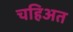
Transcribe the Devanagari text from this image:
चहिअत